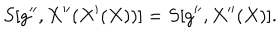
LaTeX: S [ g ^ { \prime \prime } , X ^ { \prime \prime } ( X ^ { \prime } ( X ) ) ] = S [ g ^ { \prime \prime } , X ^ { \prime \prime } ( X ) ] .